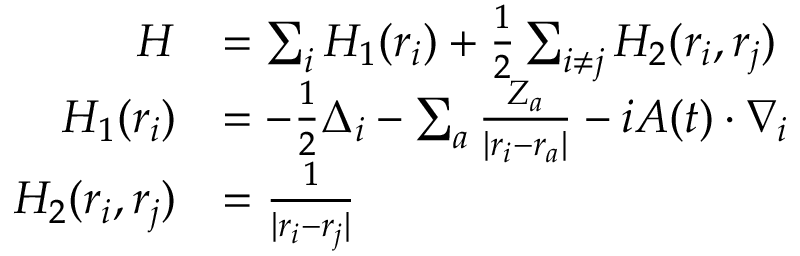
\begin{array} { r l } { H } & { = \sum _ { i } H _ { 1 } ( \boldsymbol { r _ { i } } ) + \frac { 1 } { 2 } \sum _ { i \neq j } H _ { 2 } ( \boldsymbol { r _ { i } } , \boldsymbol { r _ { j } } ) } \\ { H _ { 1 } ( \boldsymbol { r _ { i } } ) } & { = - \frac { 1 } { 2 } \Delta _ { i } - \sum _ { a } \frac { Z _ { a } } { | \boldsymbol { r } _ { i } - \boldsymbol { r } _ { a } | } - i \boldsymbol { A } ( t ) \cdot \nabla _ { i } } \\ { H _ { 2 } ( \boldsymbol { r _ { i } } , \boldsymbol { r _ { j } } ) } & { = \frac { 1 } { | \boldsymbol { r } _ { i } - \boldsymbol { r } _ { j } | } } \end{array}